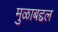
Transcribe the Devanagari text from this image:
मुळाबद्दल